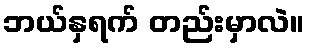
ဘယ်နှရက် တည်းမှာလဲ။